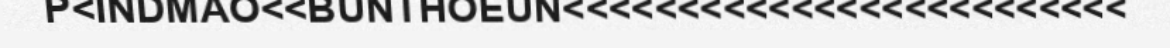
P<INDMAO<<BUNTHOEUN<<<<<<<<<<<<<<<<<<<<<<<<<